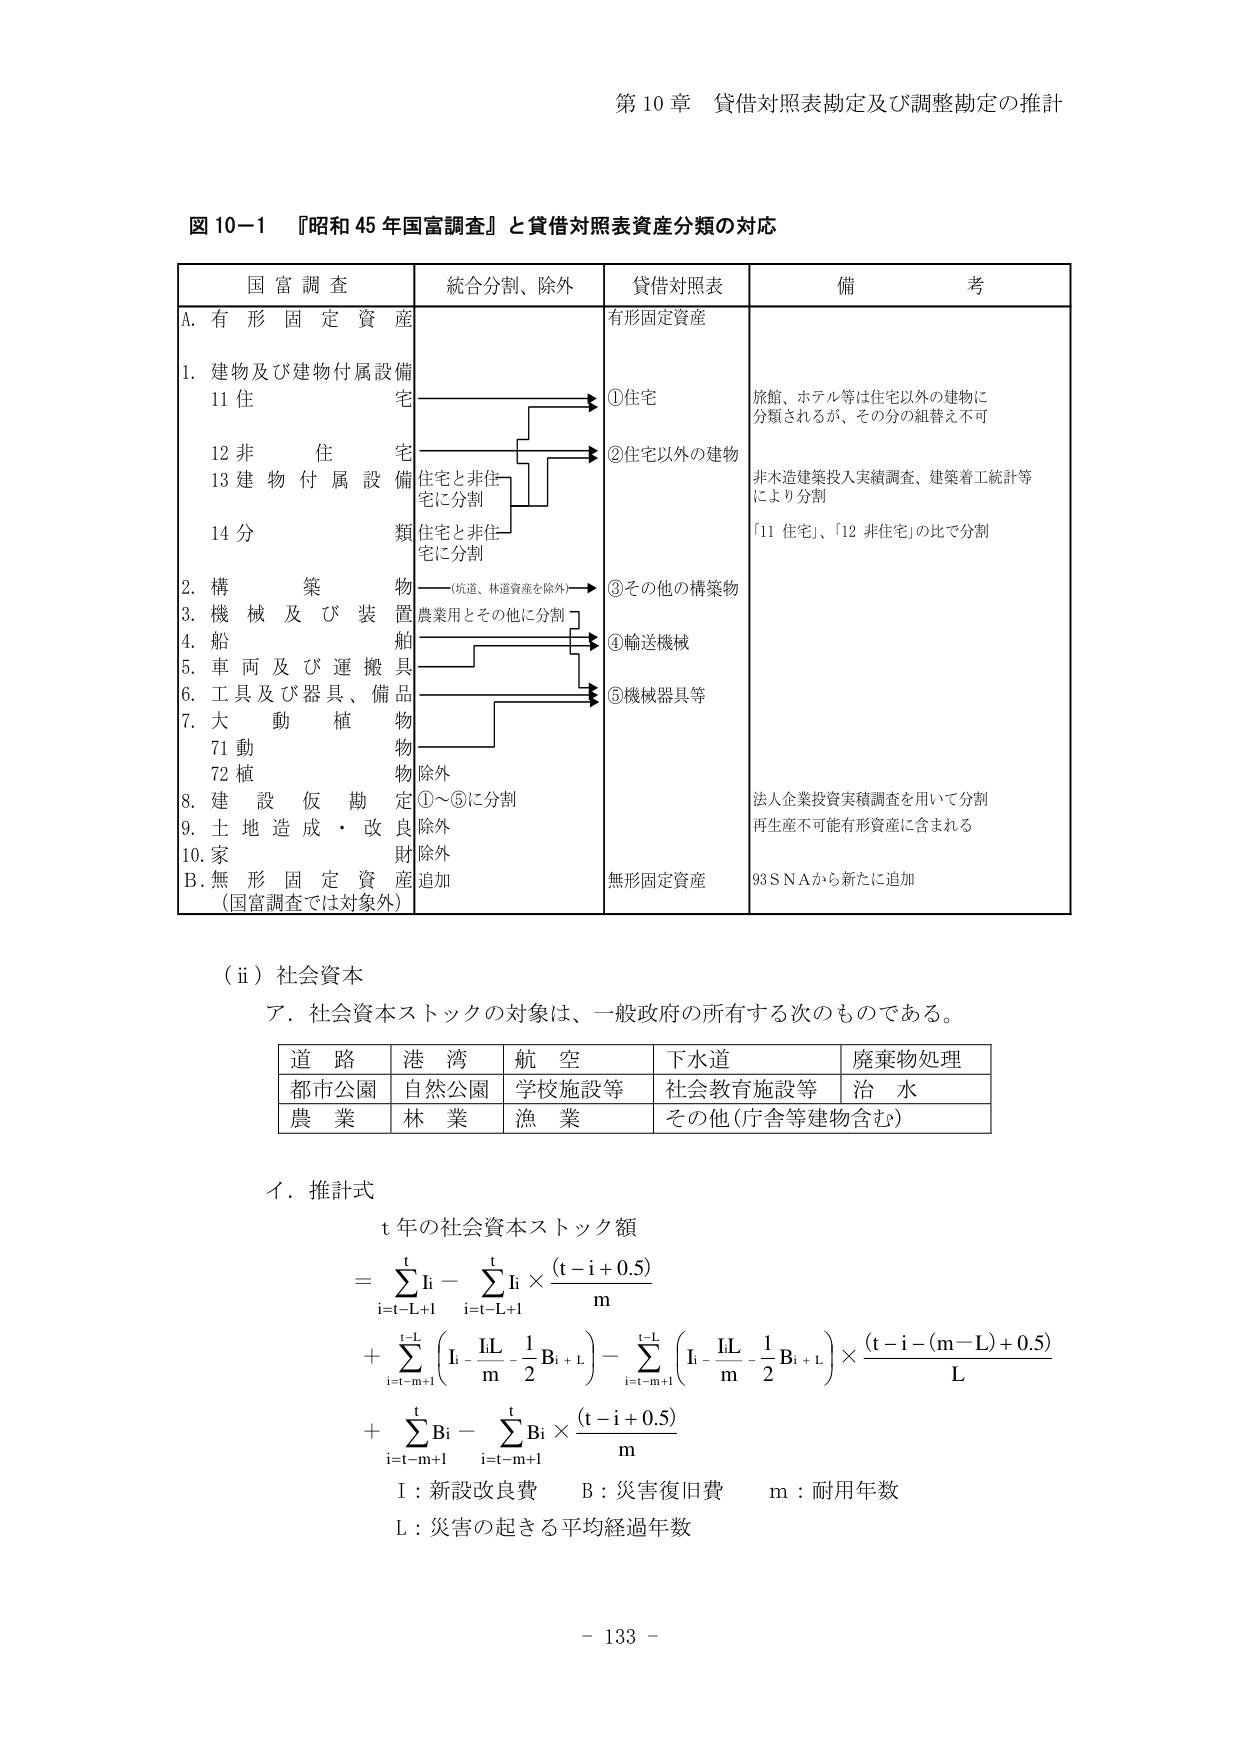
第10章 貸借対照表勘定及び調整勘定の推計

図10-1 『昭和45年国富調査』と貸借対照表資産分類の対応

国富調査 統合分割、除外 貸借対照表 備考
A. 有形固定資産 有形固定資産
1. 建物及び建物付属設備 ①住宅 旅館、ホテル等は住宅以外の建物に
11 住 宅 分類されるが、その分の組替え不可
12 非 住 宅 ②住宅以外の建物 非木造建築投入実績調査、建築着工統計等
13 建 物 付 属 設 備 住宅と非住宅に分割 により分割
14 分 類 住宅と非住宅に分割 「11 住宅」、「12 非住宅」の比で分割
2. 構 築 物 ——（坑道、林道資産を除外）→ ③その他の構築物
3. 機 械 及 び 装 置 農業用とその他に分割 → ④輸送機械
4. 船 舶
5. 車 両 及 び 運 搬 具
6. 工 具 及 び 器 具 、 備 品 ⑤機械器具等
7. 大 動 植 物
71 動 物
72 植 物 除外
8. 建 設 仮 勘 定 ①～⑤に分割 法人企業投資実績調査を用いて分割
9. 土 地 造 成 ・ 改 良 除外 再生産不可能有形資産に含まれる
10. 家 財 除外
B. 無形固定資産 追加 無形固定資産 93SNAから新たに追加
（国富調査では対象外）

（ⅱ）社会資本
ア．社会資本ストックの対象は、一般政府の所有する次のものである。
道路 港湾 航空 下水道 廃棄物処理
都市公園 自然公園 学校施設等 社会教育施設等 治水
農業 林業 漁業 その他（庁舎等建物含む）

イ．推計式
t年の社会資本ストック額
= Σ Ii - Σ Ii × (t-i+0.5)/m
i=t-L+1 i=t-L+1
+ Σ (Ii - IiL/m - 1/2 Bi+L) - Σ (Ii - IiL/m - 1/2 Bi+L) × (t-i-(m-L)+0.5)/L
i=t-m+1 i=t-m+1
+ Σ Bi - Σ Bi × (t-i+0.5)/m
i=t-m+1 i=t-m+1
I：新設改良費 B：災害復旧費 m：耐用年数
L：災害の起きる平均経過年数

- 133 -